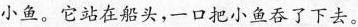
小鱼。它站在船头，一口把小鱼吞了下去。